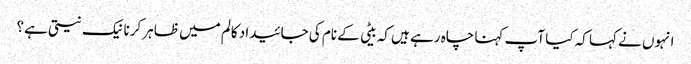
انہوں نے کہا کہ کیا آپ کہنا چاہ رہے ہیں کہ بیٹی کے نام کی جائیداد کالم میں ظاہر کرنا نیک نیتی ہے؟